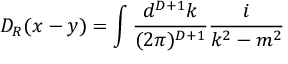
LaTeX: D _ { R } ( x - y ) = \int \frac { d ^ { D + 1 } k } { ( 2 \pi ) ^ { D + 1 } } \frac { i } { k ^ { 2 } - m ^ { 2 } }